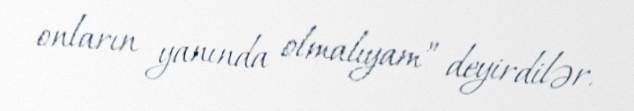
onların yanında olmalıyam” deyirdilər.